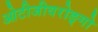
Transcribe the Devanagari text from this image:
ओटीजीवरोङ्गो